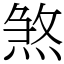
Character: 煞